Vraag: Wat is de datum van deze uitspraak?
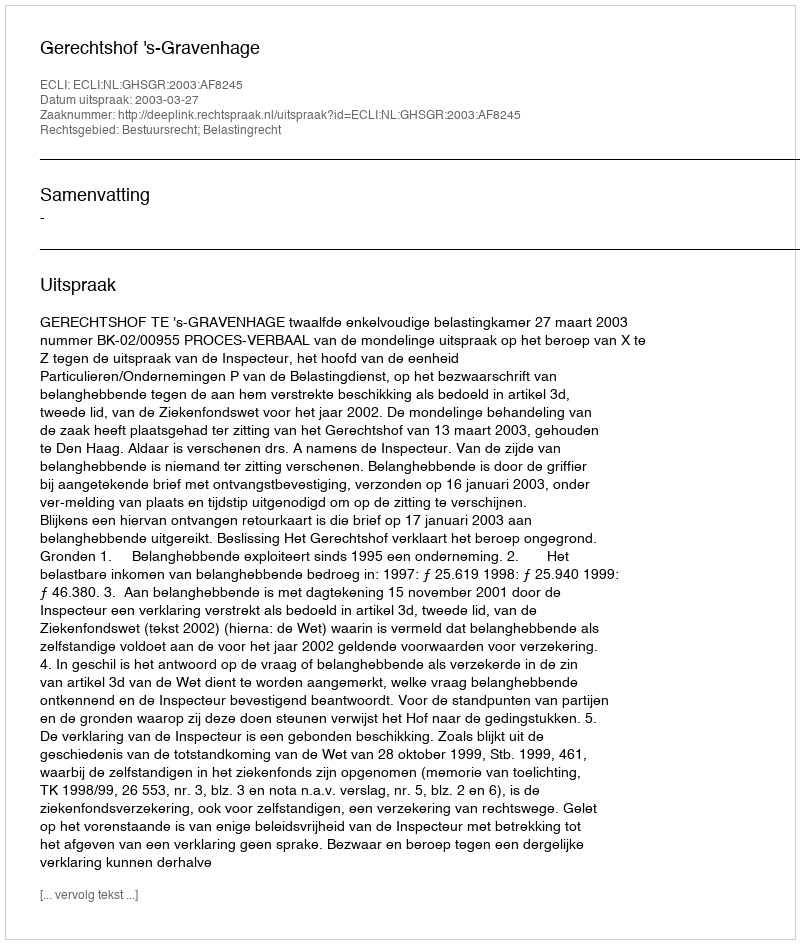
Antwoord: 2003-03-27